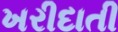
ખરીદાતી